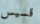
قسيس